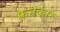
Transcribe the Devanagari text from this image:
फ़नकार